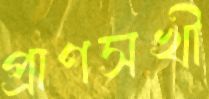
প্রাণসখী